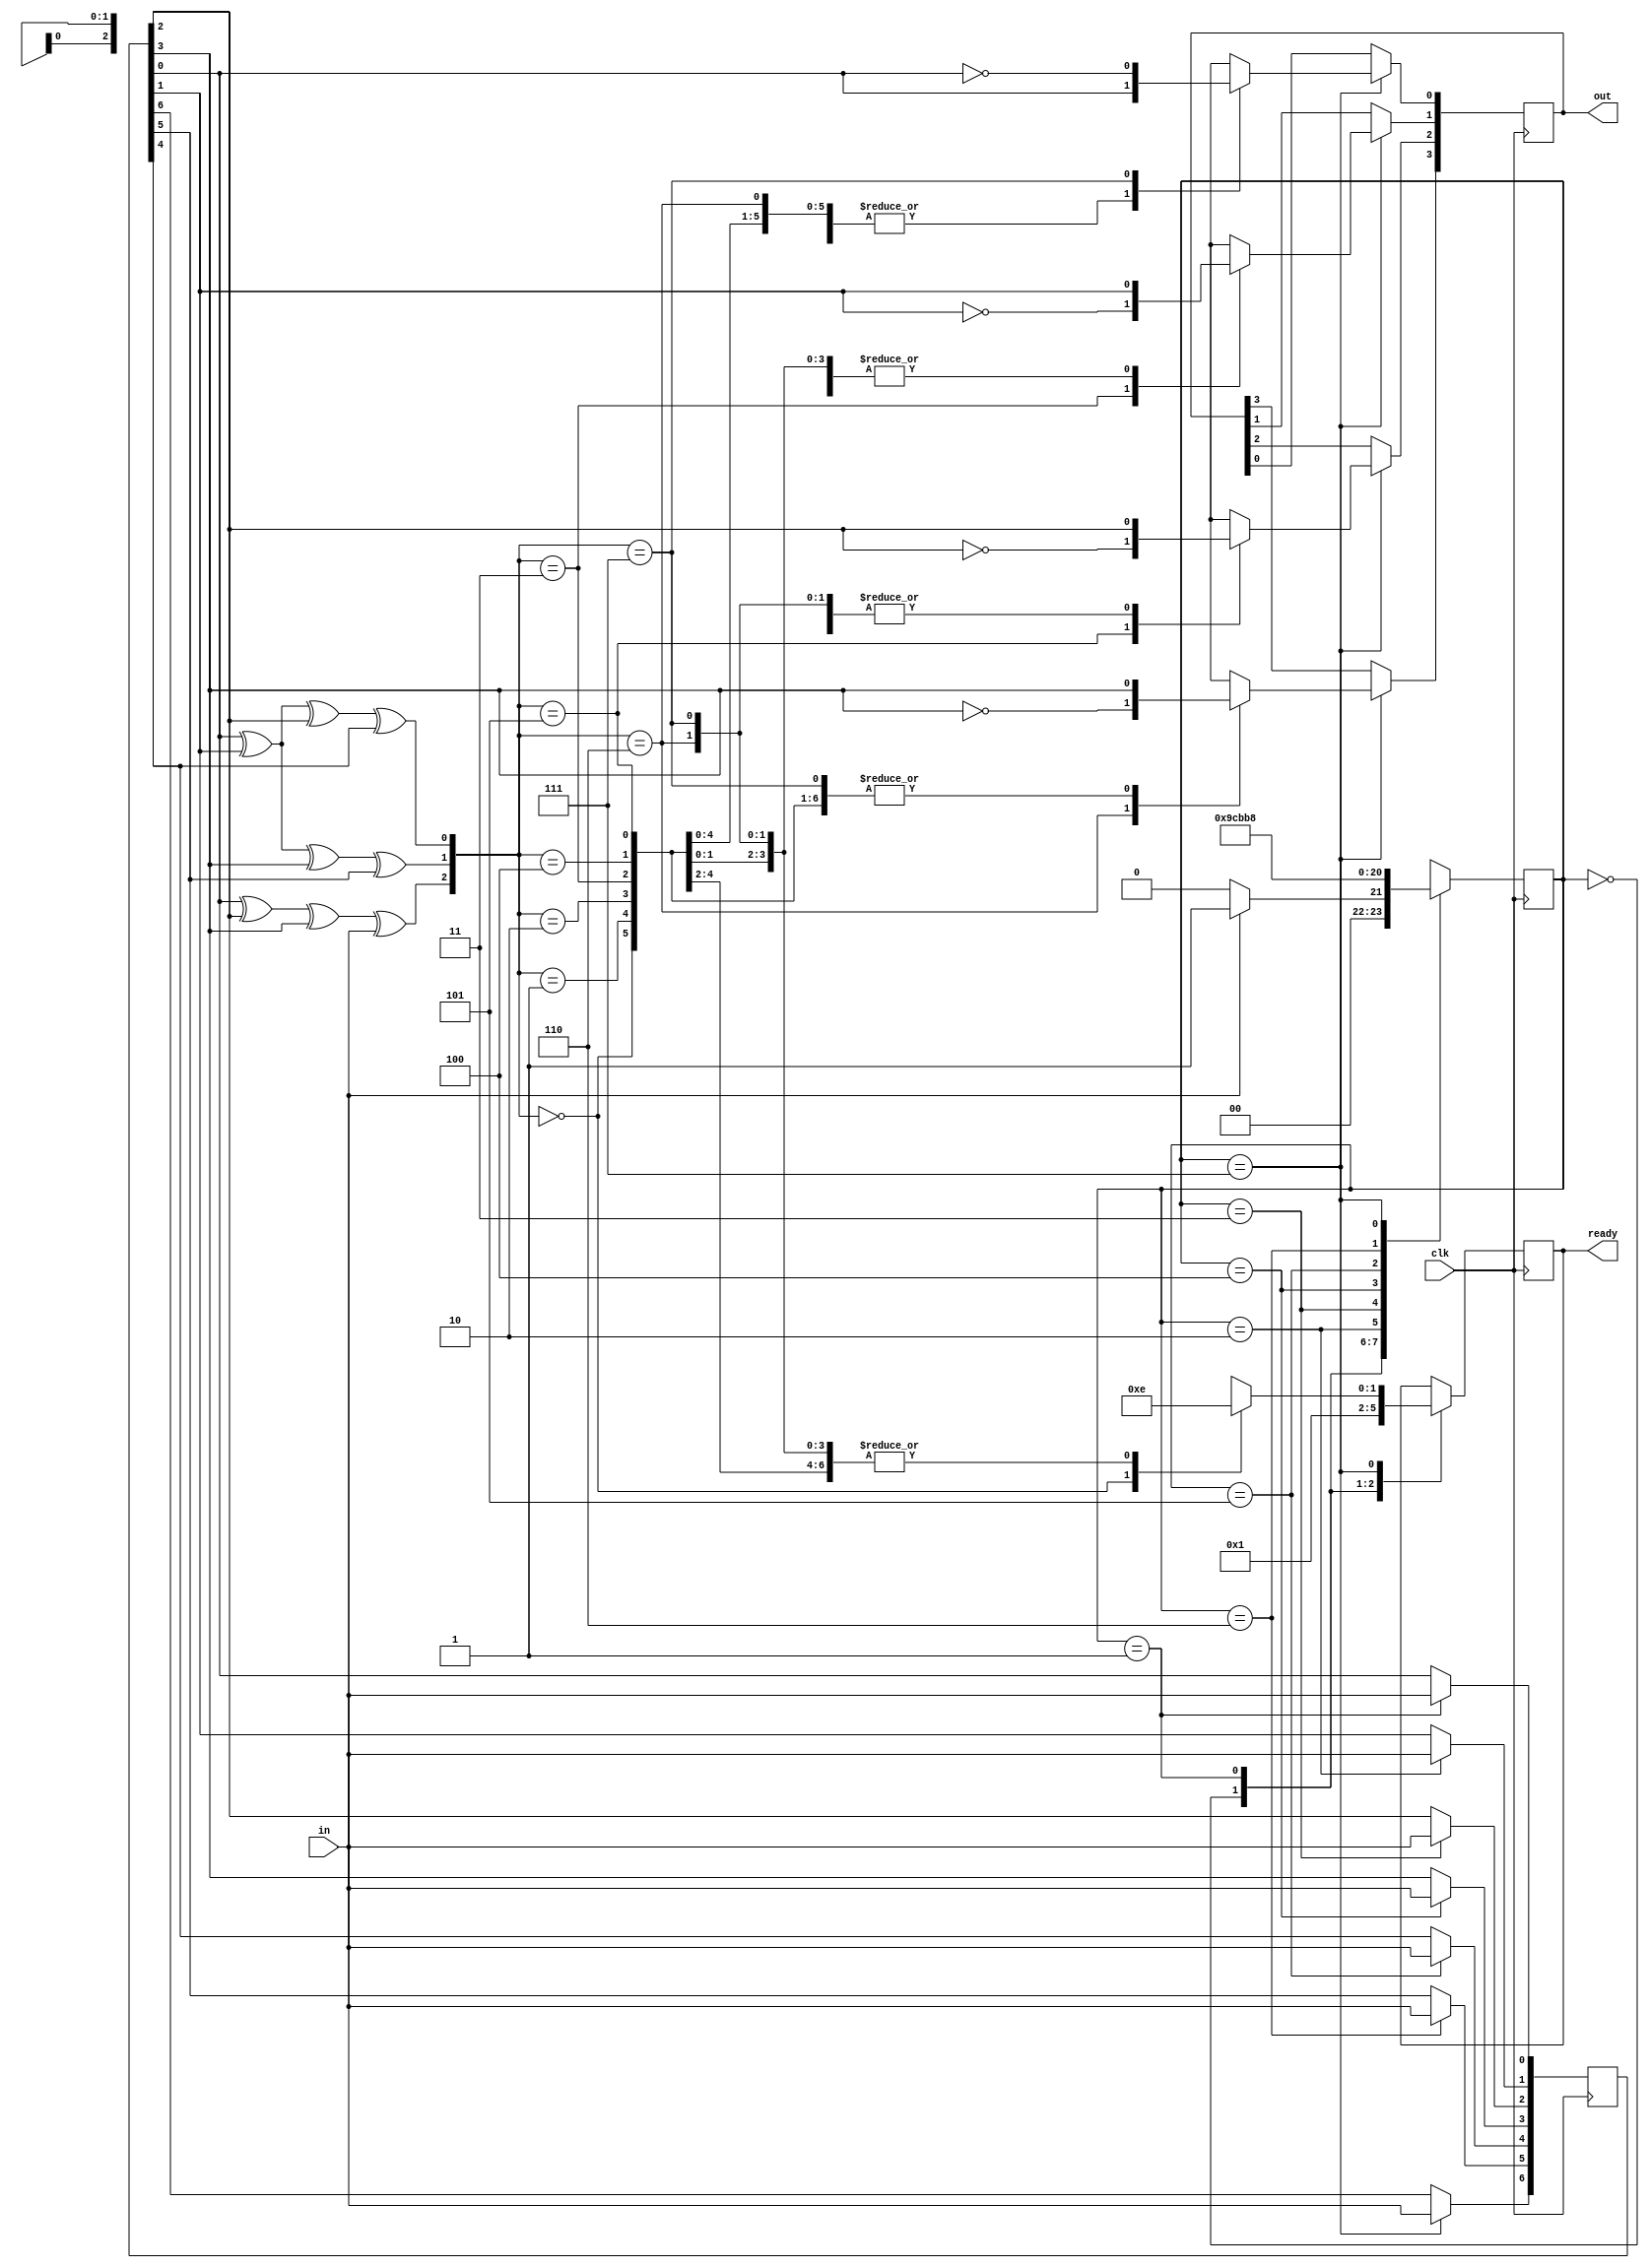
module decode(
    input clk,
    input in,
    output reg [1:0] ready,
    output reg [3:0] out
);
    reg [2:0] state;
    reg [6:0] ham;
    wire [2:0] test;


    assign test[0] = ham[0] ^ ham[1] ^ ham[2] ^ ham[4];
    assign test[1] = ham[0] ^ ham[1] ^ ham[3] ^ ham[5];
    assign test[2] = ham[0] ^ ham[2] ^ ham[3] ^ in;

    initial 
    begin
        ready = 0;
        out = 0;
        state = 0;
        ham = 0;
    end
    
    always @(posedge clk)
    begin
        case (state)
            0:
            begin
                ready <= 0;
                if (in == 0)
                begin
                    state <= 0;
                end
                else 
                begin
                    state <= 1;
                end
            end
            1:
            begin
                ready <= 1;
                ham[0] <= in;
                state <= 2;
            end
            2:
            begin
                ham[1] <= in;
                state <= 3;
            end
            3:
            begin
                ham[2] <= in;
                state <= 4;
            end
            4:
            begin
                ham[3] <= in;
                state <= 5;
            end
            5:
            begin
                ham[4] <= in;
                state <= 6;
            end
            6:
            begin
                ham[5] <= in;
                state <= 7;
            end
            7:
            begin
                ham[6] <= in;
                case (test)
                    0:
                    begin
                        ready <= 3;
                        out[3:0] <= ham[3:0];
                    end
                    1:
                    begin
                        ready <= 2;
                        out[3:0] <= ham[3:0];
                    end
                    2:
                    begin
                        ready <= 2;
                        out[3:0] <= ham[3:0];
                    end
                    3:
                    begin
                        ready <= 2;
                        out[3:2] <= ham[3:2];
                        out[1] <= ~ham[1];
                        out[0] <= ham[0];
                    end
                    4:
                    begin
                        ready <= 2;
                        out[3:0] <= ham[3:0];
                    end
                    5:
                    begin
                        ready <= 2;
                        out[3] <= ham[3];
                        out[2] <= ~ham[2];
                        out[1:0] <= ham[1:0];
                    end
                    6:
                    begin
                        ready <= 2;
                        out[3] <= ~ham[3];
                        out[2:0] <= ham[2:0];
                    end
                    7:
                    begin
                        ready <= 2;
                        out[3:1] <= ham[3:1];
                        out[0] <= ~ham[0];
                    end
                endcase
                state <= 0;
            end
        endcase
    end
endmodule